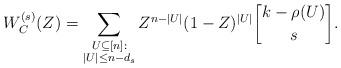
LaTeX: \begin{align*} W^{(s)}_C(Z) = \sum_{\substack{U \subseteq [n]: \\ |U| \leq n-d_{s}}} Z^{n- |U|} (1-Z)^{|U|} {k-\rho(U) \brack s}.\end{align*}